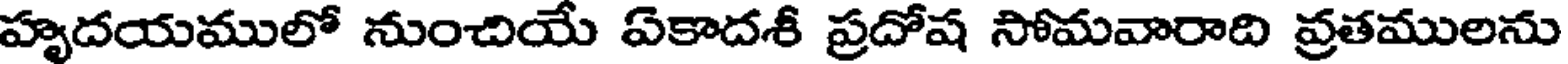
హృదయములో నుంచియే ఏకాదశీ ప్రదోష సోమవారాది వ్రతములను